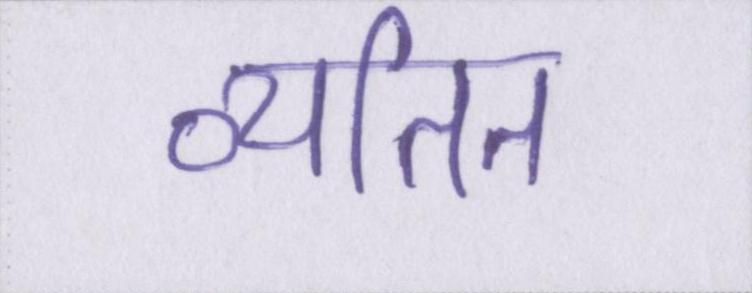
व्यतित